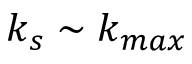
k _ { s } \sim k _ { m a x }